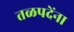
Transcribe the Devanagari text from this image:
तळपदेंना